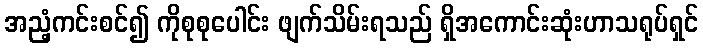
အညံ့ကင်းစင်၍ ကိုစုစုပေါင်း ဖျက်သိမ်းရသည် ရှိအကောင်းဆုံးဟာသရုပ်ရှင်